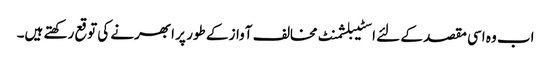
اب وہ اسی مقصد کے لئے اسٹیبلشمنٹ مخالف آواز کے طور پر ابھرنے کی توقع رکھتے ہیں۔